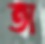
তা